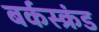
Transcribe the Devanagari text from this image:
बर्कस्क्रंड